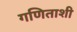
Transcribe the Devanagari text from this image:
गणिताशी